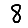
Digit: 8